Rangoon Lunatic Asylum 1898-1906 - 1898-1906
Year: 1898
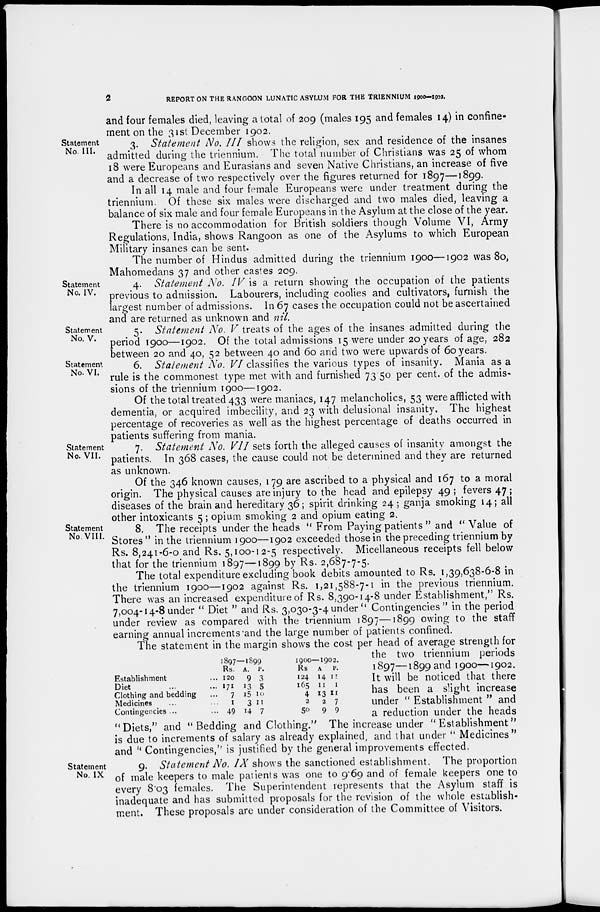
2
REPORT ON THE RANGOON LUNATIC ASYLUM FOR THE TRIENNIUM 1900-1902.
and four females died, leaving a total of 209 (males 195 and females 14) in confine-
ment on the 31st December 1902.
Statement
No. III.
3. Statement No. III shows the religion, sex and residence of the insanes
admitted during the triennium. The total number of Christians was 25 of whom
18 were Europeans and Eurasians and seven Native Christians, an increase of five
and a decrease of two respectively over the figures returned for 1897—1899.
In all 14 male and four female Europeans were under treatment during the
triennium. Of these six males were discharged and two males died, leaving a
balance of six male and four female Europeans in the Asylum at the close of the year.
There is no accommodation for British soldiers though Volume VI, Army
Regulations, India, shows Rangoon as one of the Asylums to which European
Military insanes can be sent.
The number of Hindus admitted during the triennium 1900—1902 was 80,
Mahomedans 37 and other castes 209.
Statement
No. IV.
4. Statement No. IV is a return showing the occupation of the patients
previous to admission. Labourers, including coolies and cultivators, furnish the
largest number of admissions. In 67 cases the occupation could not be ascertained
and are returned as unknown and nil.
Statement
No. V.
5. Statement No. V treats of the ages of the insanes admitted during the
period 1900—1902. Of the total admissions 15 were under 20 years of age, 282
between 20 and 40, 52 between 40 and 60 and two were upwards of 60 years.
Statement
No. VI.
6. Statement No. VI classifies the various types of insanity. Mania as a
rule is the commonest type met with and furnished 73.50 per cent. of the admis-
sions of the triennium 1900—1902.
Of the total treated 433 were maniacs, 147 melancholics, 53 were afflicted with
dementia, or acquired imbecility, and 23 with delusional insanity. The highest
percentage of recoveries as well as the highest percentage of deaths occurred in
patients suffering from mania.
Statement
No. VII.
7. Statement No. VII sets forth the alleged causes of insanity amongst the
patients. In 368 cases, the cause could not be determined and they are returned
as unknown.
Of the 346 known causes, 179 are ascribed to a physical and 167 to a moral
origin. The physical causes are injury to the head and epilepsy 49; fevers 47;
diseases of the brain and hereditary 36; spirit drinking 24 ; ganja smoking 14; all
other intoxicants 5; opium smoking 2 and opium eating 2.
Statement
No. VIII.
8. The receipts under the heads "From Paying patients " and "Value of
Stores" in the triennium 1900—1902 exceeded those in the preceding triennium by
Rs. 8,241-6-0 and Rs. 5,100-12-5 respectively. Micellaneous receipts fell below
that for the triennium 1897—1899 by Rs. 2,687-7-5.
The total expenditure excluding book debits amounted to Rs. 1,39,638-6-8 in
the triennium 1900—1902 against Rs. 1,21,588-7-1 in the previous triennium.
There was an increased expenditure of Rs. 8,390-14-8 under Establishment," Rs.
7,004-14-8 under " Diet " and Rs. 3,030-3-4 under "Contingencies" in the period
under review as compared with the triennium 1897—1899 owing to the staff
earning annual increments and the large number of patients confined.
Establishment ...
Diet ... ...
Clothing and bedding ...
Medicines ... ...
Contingencies ... ....
1897—1899
Rs.
120
171
7
1
49
A.
9
13
15
3
14
P.
3
5
10
11
7
1900—1902.
Rs
124
165
4
2
50
A
14
11
13
2
9
P.
11
1
11
7
9
The statement in the margin shows the cost per head of average strength for
the two triennium periods
1897—1899 and 1900—1902.
It will be noticed that there
has been a slight increase
under " Establishment " and
a reduction under the heads
"Diets," and "Bedding and Clothing." The increase under "Establishment"
is due to increments of salary as already explained, and that under "Medicines"
and " Contingencies," is justified by the general improvements effected.
Statement
No. IX
9. Statement No. IX shows the sanctioned establishment. The proportion
of male keepers to male patients was one to 9.69 and of female keepers one to
every 8.03 females. The Superintendent represents that the Asylum staff is
inadequate and has submitted proposals for the revision of the whole establish-
ment. These proposals are under consideration of the Committee of Visitors.